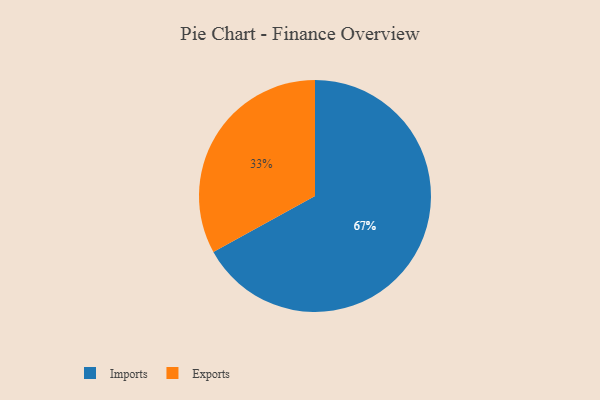
{"axis": {"x": "Category", "y": "Percentage"}, "legend": ["Exports", "Imports"], "data": [{"x": "Exports", "y": 33, "type": "Exports"}, {"x": "Imports", "y": 67, "type": "Imports"}]}